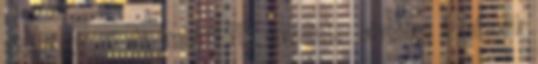
vettük górcső alá, melyről ITT olvashatsz bővebben A második